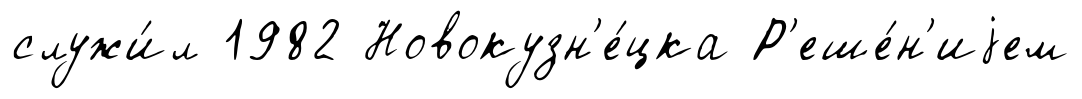
служи́л 1982 Новокузн'е́цка Р'еше́н'иjем